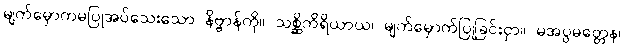
မျက်မှောကမပြုအပ်သေးသော နိဗ္ဗာန်ကို။ သစ္ဆိကိရိယာယ၊ မျက်မှောက်ပြုခြင်းငှာ။ မအပ္ပမတ္တေန၊